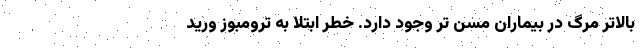
بالاتر مرگ در بیماران مسن تر وجود دارد. خطر ابتلا به ترومبوز ورید